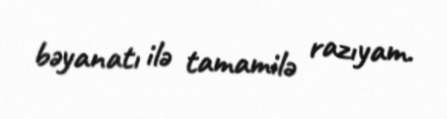
bəyanatı ilə tamamilə razıyam.